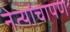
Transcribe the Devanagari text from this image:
नेत्यांचापण